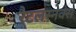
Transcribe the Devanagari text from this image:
रैटलस्नेक्स